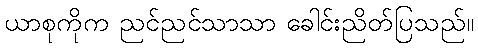
ယာစုကိုက ညင်ညင်သာသာ ခေါင်းညိတ်ပြသည်။